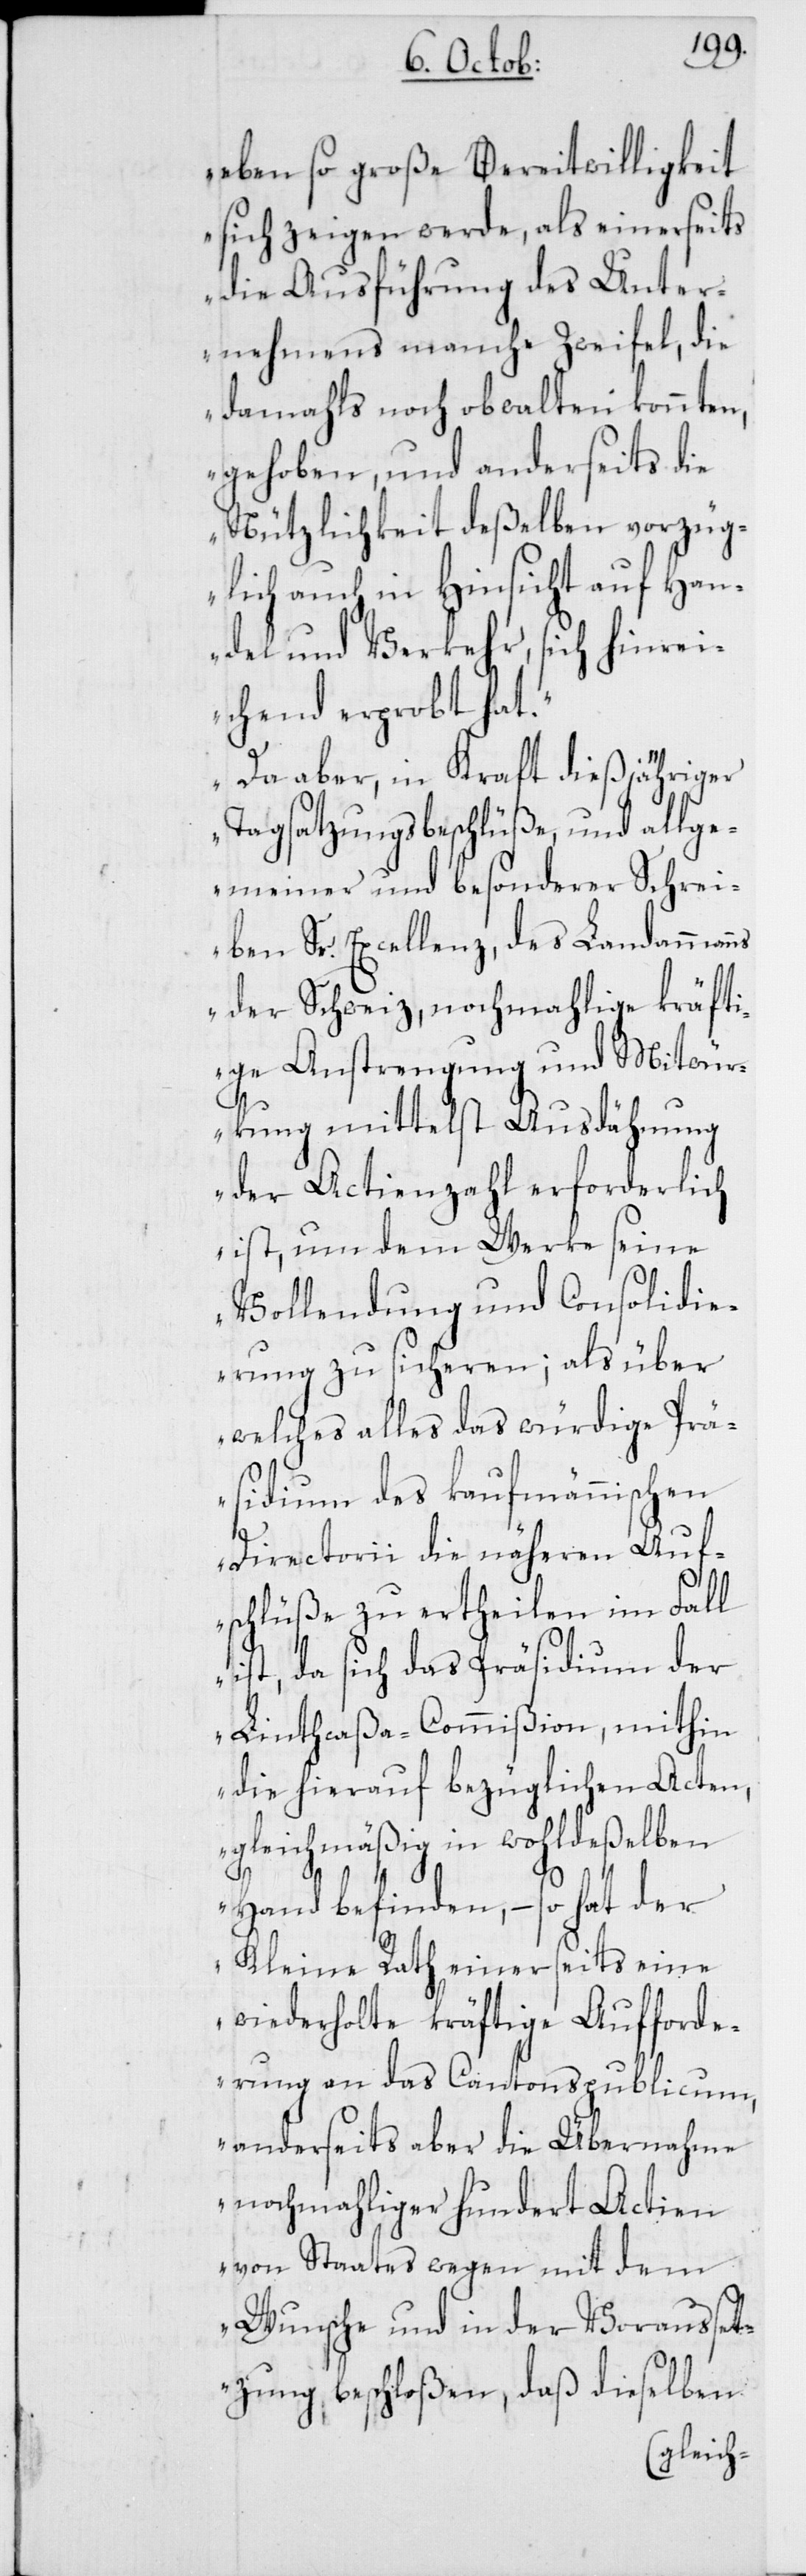
eben so große Bereitwilligkeit
sich zeigen werde, als einerseits
die Ausführung des Unter¬
nehmens manche Zweifel, die
damahls noch obwalten konnten,
gehoben, und anderseits die
Nützlichkeit deßelben vorzüg¬
lich auch in Hinsicht auf Han¬
del und Verkehr, sich hinrei¬
chend erprobt hat.
Da aber in Kraft dießjähriger
Tagsatzungsbeschlüße, und allge¬
meiner und besonderer Schrei¬
ben Sr. Excellenz, des Landamman¬
ns der Schweiz, nochmahlige kräft¬
ige Anstrengung und Mitwür¬
kung mittelst Ausdähnung
der Actienzahl erforderlich
ist, um dem Werke seine
Vollendung und Consolidi¬
erung zu sicheren; als über
welches alles das würdige Prä¬
sidium des kaufmännischen
Directorii die näheren Auf¬
schlüße zu ertheilen im Fall
ist, da sich das Präsidium der
Linthcaßa-Commißion, mithin
die hierauf bezüglichen Acten,
gleichmäßig in wohldeßelben
Hand befinden, – so hat der
Kleine Rath einerseits eine
wiederholte kräftige Aufforde¬
rung an das Cantonspublicum,
anderseits aber die Übernahme
nochmahliger hundert Actien
von Staatses wegen mit dem
Wunsche und in der Vorausset¬
zung beschloßen, daß dieselben